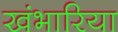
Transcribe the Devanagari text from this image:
खंभारिया